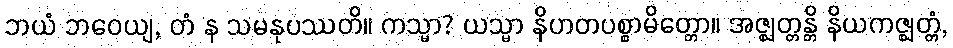
ဘယံ ဘဝေယျ, တံ န သမနုပဿတိ။ ကသ္မာ? ယသ္မာ နိဟတပစ္စာမိတ္တော။ အဇ္ဈတ္တန္တိ နိယကဇ္ဈတ္တံ,